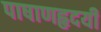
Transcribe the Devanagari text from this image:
पाषाणहृदयी